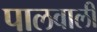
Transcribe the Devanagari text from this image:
पालवाली